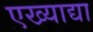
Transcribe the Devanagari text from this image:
एख्याद्या